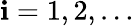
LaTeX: \mathbf{i}=1,2,\ldots